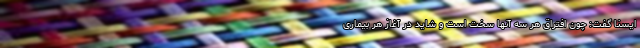
ایسنا گفت: چون افتراق هر سه آنها سخت است و شاید در آغاز هر بیماری